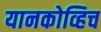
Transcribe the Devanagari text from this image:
यानकोव्हिच